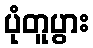
ပုံတူပွား